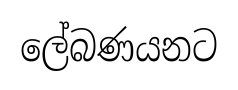
ලේබණයනට